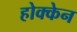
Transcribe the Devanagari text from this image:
होक्केन